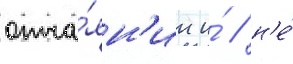
отча́ян'ии и́ / н'е́